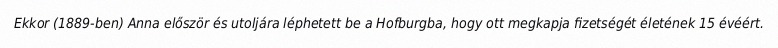
Ekkor (1889-ben) Anna először és utoljára léphetett be a Hofburgba, hogy ott megkapja fizetségét életének 15 évéért.